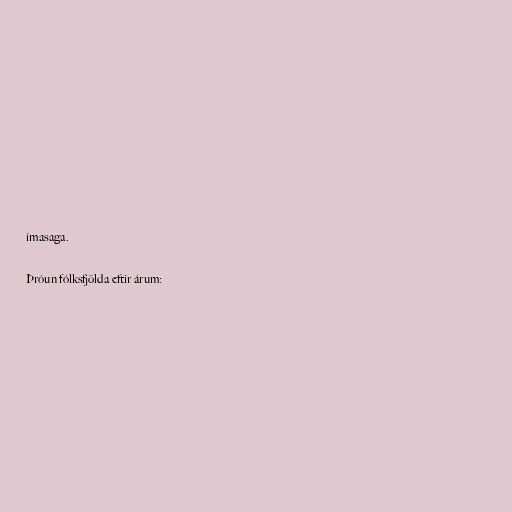
ímasaga.

Þróun fólksfjölda eftir árum: